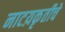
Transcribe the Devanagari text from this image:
नाटय़कृतीचे